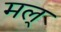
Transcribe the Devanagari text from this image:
मल्